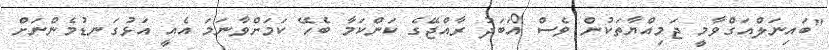
"ބައިނަލްއަގްވާމީ ޖަމިއްޔާތަކުން ވެސް އަބަދު ރާއްޖޭގެ ކަންކަމާ ބެހޭ ކަމަށްވާނަމަ އެއީ އަޅުގަނޑުމެންނަށް